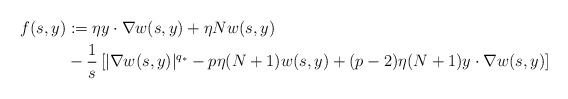
\begin{align*}f(s,y) & := \eta y\cdot \nabla w(s,y) + \eta N w(s,y) \\& - \frac{1}{s} \left[ |\nabla w(s,y)|^{q_*} - p \eta (N+1) w(s,y) + (p-2) \eta (N+1) y\cdot \nabla w(s,y) \right]\end{align*}